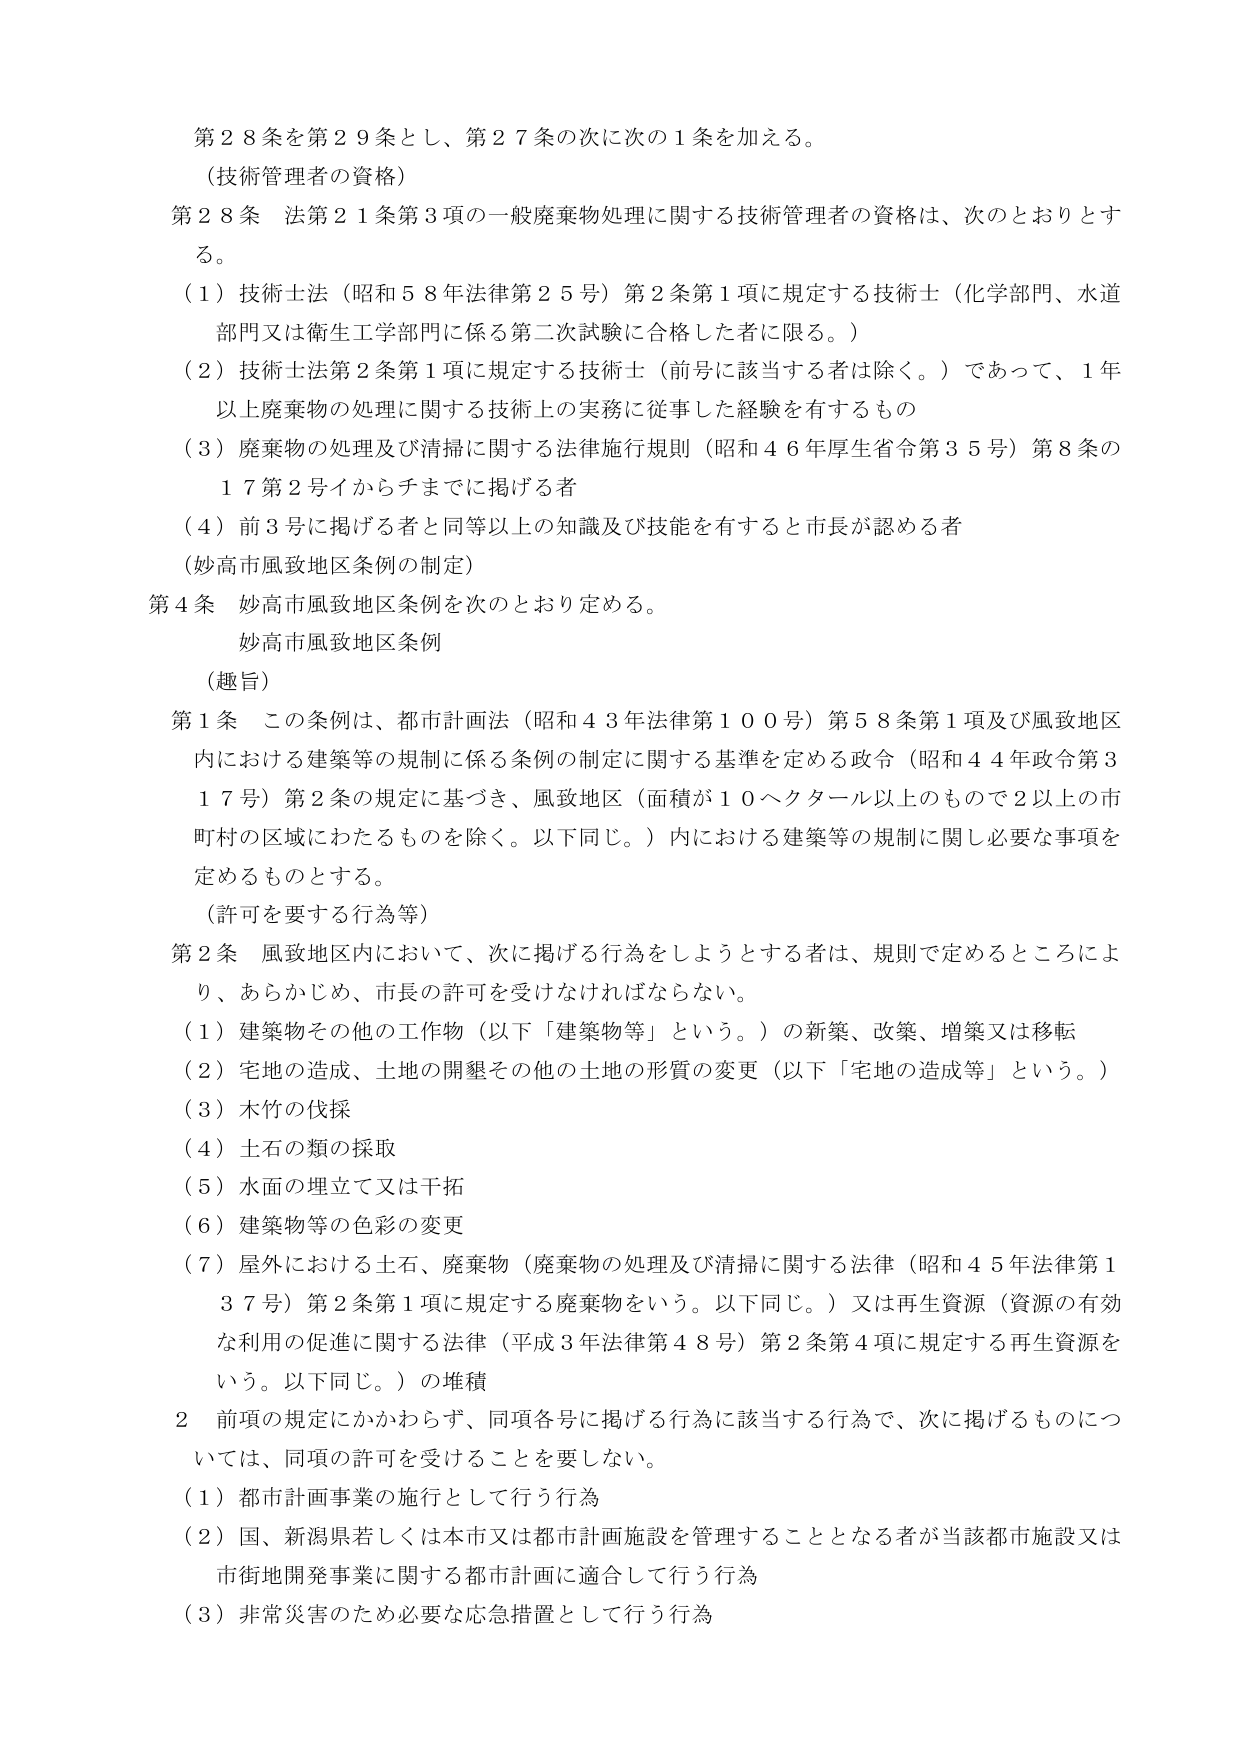
第２８条を第２９条とし、第２７条の次に次の１条を加える。

（技術管理者の資格）

第２８条 法第２１条第３項の一般廃棄物処理に関する技術管理者の資格は、次のとおりとする。

（１）技術士法（昭和５８年法律第２５号）第２条第１項に規定する技術士（化学部門、水道部門又は衛生工学部門に係る第二次試験に合格した者に限る。）

（２）技術士法第２条第１項に規定する技術士（前号に該当する者は除く。）であって、１年以上廃棄物の処理に関する技術上の実務に従事した経験を有するもの

（３）廃棄物の処理及び清掃に関する法律施行規則（昭和４６年厚生省令第３５号）第８条の１７第２号イからチまでに掲げる者

（４）前３号に掲げる者と同等以上の知識及び技能を有すると市長が認める者

（妙高市風致地区条例の制定）

第４条 妙高市風致地区条例を次のとおり定める。

妙高市風致地区条例

（趣旨）

第１条 この条例は、都市計画法（昭和４３年法律第１００号）第５８条第１項及び風致地区内における建築等の規制に係る条例の制定に関する基準を定める政令（昭和４４年政令第３１７号）第２条の規定に基づき、風致地区（面積が１０ヘクタール以上もので２以上の市町村の区域にわたるものを除く。以下同じ。）内における建築等の規制に関し必要な事項を定めるものとする。

（許可を要する行為等）

第２条 風致地区内において、次に掲げる行為をしようとする者は、規則で定めるところにより、あらかじめ、市長の許可を受けなければならない。

（１）建築物その他の工作物（以下「建築物等」という。）の新築、改築、増築又は移転

（２）宅地の造成、土地の開墾その他の土地の形質の変更（以下「宅地の造成等」という。）

（３）木竹の伐採

（４）土石の類の採取

（５）水面の埋立て又は干拓

（６）建築物等の色彩の変更

（７）屋外における土石、廃棄物（廃棄物の処理及び清掃に関する法律（昭和４５年法律第１３７号）第２条第１項に規定する廃棄物をいう。以下同じ。）又は再生資源（資源の有効な利用の促進に関する法律（平成３年法律第４８号）第２条第４項に規定する再生資源をいう。以下同じ。）の堆積

２ 前項の規定にかかわらず、同項各号に掲げる行為に該当する行為で、次に掲げるもののについては、同項の許可を受けることを要しない。

（１）都市計画事業の施行として行う行為

（２）国、新潟県若しくは本市又は都市計画施設を管理することとなる者が当該都市施設又は市街地開発事業に関する都市計画に適合して行う行為

（３）非常災害のため必要な応急措置として行う行為